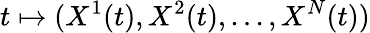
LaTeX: t\mapsto(X^{1}(t),X^{2}(t),...,X^{N}(t))